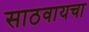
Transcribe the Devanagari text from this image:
साठवायचा